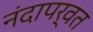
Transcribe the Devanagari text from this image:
नंदापर्वत